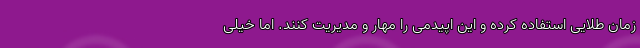
زمان طلایی استفاده کرده و این اپیدمی را مهار و مدیریت کنند. اما خیلی